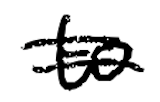
Text: to
Cross-out: double-line
Writing tool: digital_black